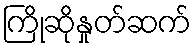
ကြိုဆိုနှုတ်ဆက်